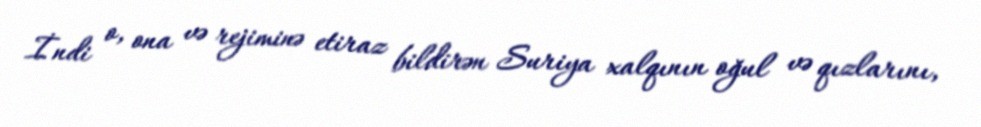
İndi o, ona və rejiminə etiraz bildirən Suriya xalqının oğul və qızlarını,